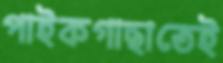
পাইকগাছাতেই